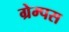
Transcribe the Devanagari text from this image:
ग्रेम्पस